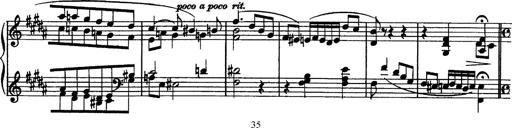
Title: Piano Sonata
Composer: Karl HÃ¤ssler
Key: C major